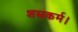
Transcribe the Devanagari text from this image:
शस्त्रकर्म।